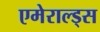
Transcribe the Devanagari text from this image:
एमेराल्ड्स